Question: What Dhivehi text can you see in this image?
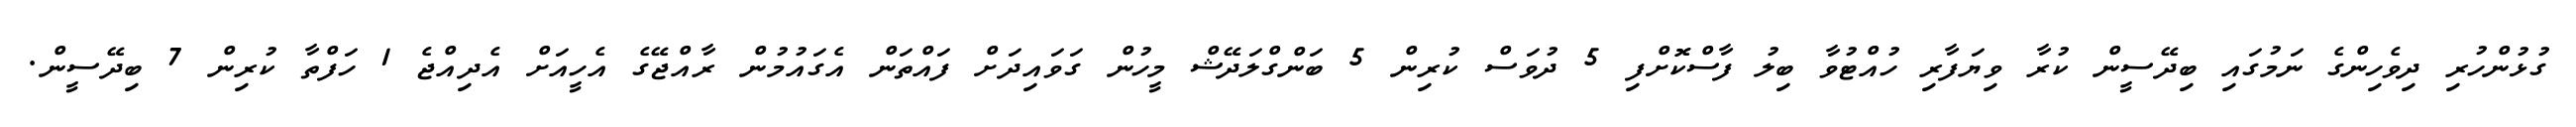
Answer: ގުޅުންހުރި ދިވެހިންގެ ނަމުގައި ބިދޭސީން ކުރާ ވިޔަފާރި ހުއްޓުވާ ބިލު ފާސްކޮށްފި 5 ދުވަސް ކުރިން 5 ބަންގްލަދޭޝް މީހުން ގަވައިދަށް ފައްތަން އެގައުމުން ރާއްޖޭގެ އެހީއަށް އެދިއްޖެ 1 ހަފްތާ ކުރިން 7 ބިދޭސީން.